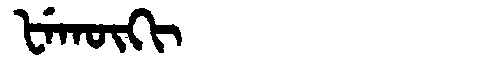
Manchu: ᡶᡝᡴᡡᡴᡳ
Romanization: FEKŪKI